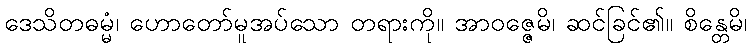
ဒေသိတဓမ္မံ၊ ဟောတော်မူအပ်သော တရားကို။ အာဝဇ္ဇေမိ၊ ဆင်ခြင်၏။ စိန္တေမိ၊